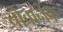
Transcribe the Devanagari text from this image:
चोवानेक